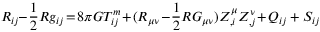
R _ { i j } \! \! - \! \frac { 1 } { 2 } R g _ { i j } \! = \! 8 \pi G T _ { i j } ^ { m } \! + \! ( { \cal R } _ { \mu \nu } \! - \! \frac { 1 } { 2 } { \cal R } { \cal G } _ { \mu \nu } ) Z _ { , i } ^ { \mu } Z _ { , j } ^ { \nu } \! + \! Q _ { i j } + S _ { i j }